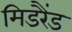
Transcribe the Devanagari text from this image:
मिडरैंड